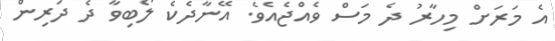
އެ މަރަށް މިހާރު ދެ މަސް ވެއްޖެއެވެ. އޭނާދެކެ ލޯބިވާ ދެ ދަރިން